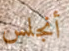
أنجلس